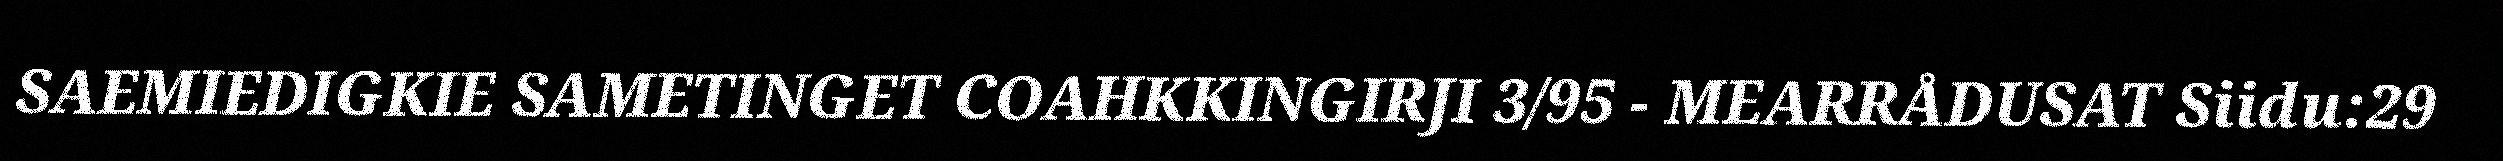
SAEMIEDIGKIE SAMETINGET COAHKKINGIRJI 3/95 - MEARRÅDUSAT Siidu:29